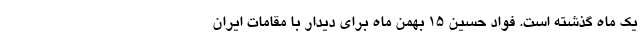
یک ماه گذشته است. فواد حسین ۱۵ بهمن ماه برای دیدار با مقامات ایران